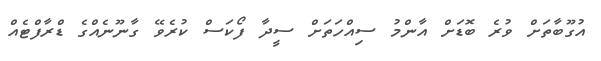
އުގޫބާތަށް ވުރެ ބޮޑަށް އާންމު ސިއްހަތަށް ސީދާ ފޯކަސް ކުރެވޭ ގާނޫނެއްގެ ޑްރާފްޓެއް